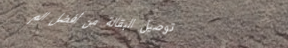
توصيل البقالة من أفضل الم